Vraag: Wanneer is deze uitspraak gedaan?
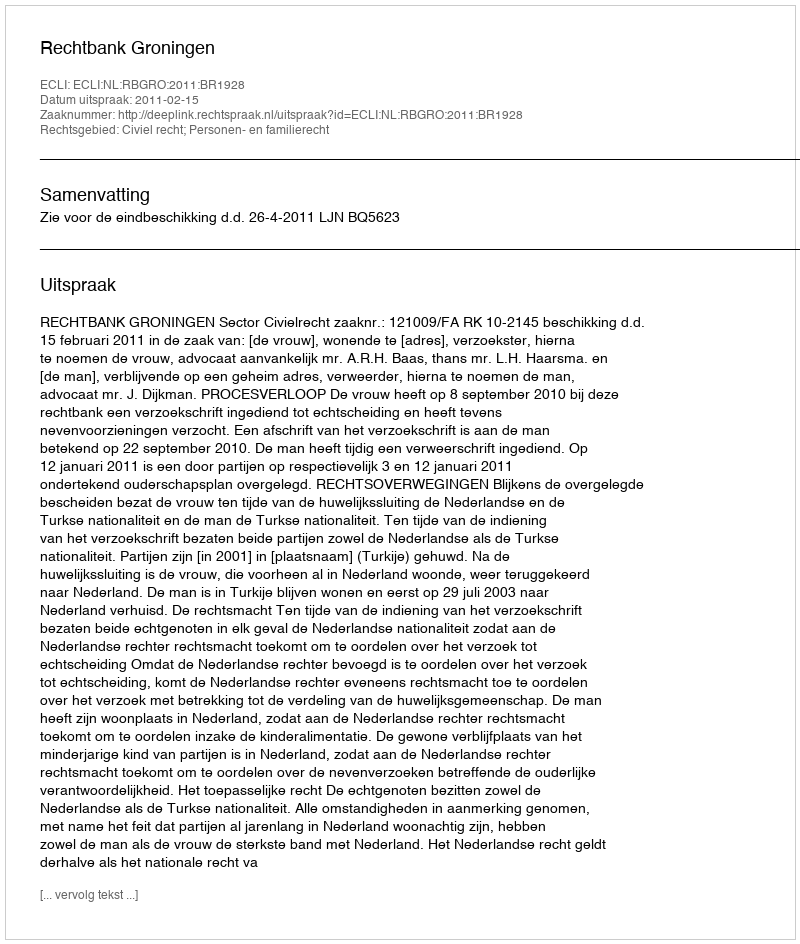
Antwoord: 2011-02-15